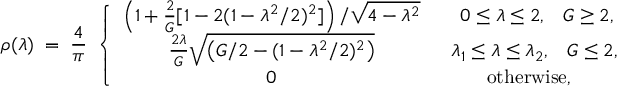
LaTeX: \rho ( \lambda ) \; = \; { \frac { 4 } { \pi } } \; \left\{ \begin{array} { c c } { { \left( 1 + { \frac { 2 } { G } } [ 1 - 2 ( 1 - \lambda ^ { 2 } / 2 ) ^ { 2 } ] \right) / \sqrt { 4 - \lambda ^ { 2 } } } } & { { \; \; \; 0 \leq \lambda \leq 2 , \; \; \; G \geq 2 , } } \\ { { { \frac { 2 \lambda } { G } } \sqrt { \left( G / 2 - ( 1 - \lambda ^ { 2 } / 2 ) ^ { 2 } \right) } } } & { { \; \; \lambda _ { 1 } \leq \lambda \leq \lambda _ { 2 } , \; \; \; G \leq 2 , } } \\ { { 0 } } & { { \mathrm { o t h e r w i s e } , } } \end{array} \right.